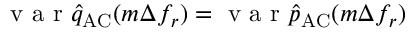
\mathrm { ~ v ~ a ~ r ~ } \hat { q } _ { \mathrm { A C } } ( m \Delta f _ { r } ) = \mathrm { ~ v ~ a ~ r ~ } \hat { p } _ { \mathrm { A C } } ( m \Delta f _ { r } )